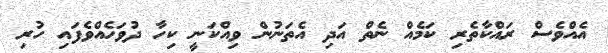
އެއްވެސް ރައްކާތެރި ކަމެއް ނެތް އަދި އެތަނުން ވިއްކަނީ ކިހާ ދުވަހެއްވެފައި ހުރި